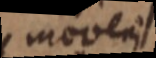
moveri